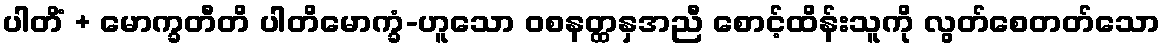
ပါတိံ + မောက္ခတီတိ ပါတိမောက္ခံ-ဟူသော ဝစနတ္ထနှအညီ စောင့်ထိန်းသူကို လွတ်စေတတ်သော